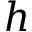
h